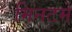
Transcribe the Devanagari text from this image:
मिनटमे